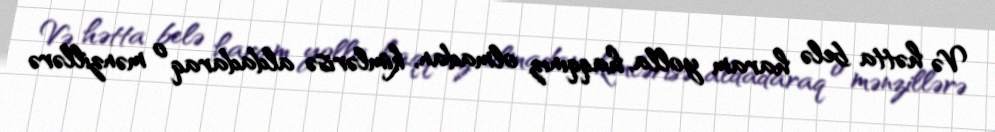
Və hətta belə haram yolla, haqqınız olmadan, kimlərisə aldadaraq o mənzillərə